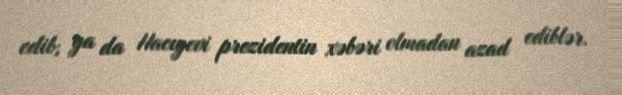
edib, ya da Hacıyevi prezidentin xəbəri olmadan azad ediblər.